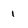
Character: i